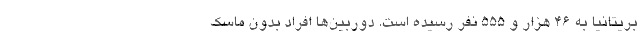
بریتانیا به ۴۶ هزار و ۵۵۵ نفر رسیده است. دوربین‌ها افراد بدون ماسک